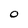
Character: O